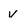
Character: v